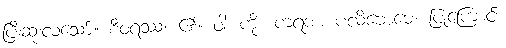
ပြီးဆုံးလသော်။ စီဝရဿ၊ ၏။ ဝါ၊ ကို။ ကရဏ ပလိဗောဓေ၊ ပြုကြောင်း